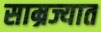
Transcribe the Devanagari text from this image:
साम्रज्यात